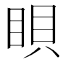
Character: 𥆘